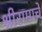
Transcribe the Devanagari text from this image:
श्रीरामाचे